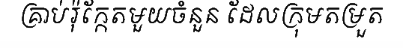
គ្រាប់រ៉ុក្កែតមួយចំនួន ដែលក្រុមតម្រួត